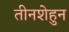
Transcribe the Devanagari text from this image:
तीनशेहुन